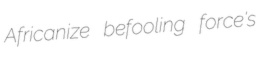
Africanize befooling force's